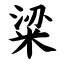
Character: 粱